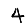
Digit: 4